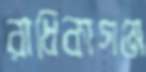
রাধিকাগঞ্জ